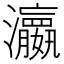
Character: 𤄞